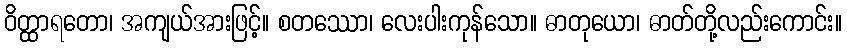
ဝိတ္ထာရတော၊ အကျယ်အားဖြင့်။ စတဿော၊ လေးပါးကုန်သော။ ဓာတုယော၊ ဓာတ်တို့လည်းကောင်း။